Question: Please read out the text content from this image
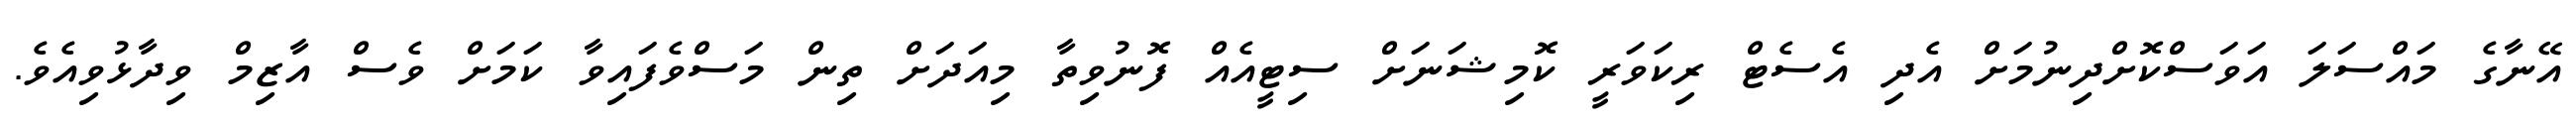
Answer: އޭނާގެ މައްސަލަ އަވަސްކޮށްދިނުމަށް އެދި އެސެޓް ރިކަވަރީ ކޮމިޝަނަށް ސިޓީއެއް ފޮނުވިތާ މިއަދަށް ތިން މަސްވެފައިވާ ކަމަށް ވެސް އާޒިމް ވިދާޅުވިއެވެ.